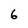
Character: 6